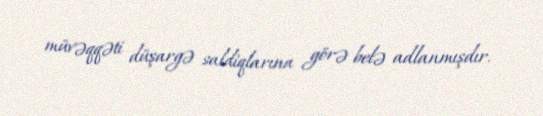
müvəqqəti düşargə saldiqlarına görə belə adlanmışdır.